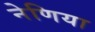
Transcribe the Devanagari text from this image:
नेणिया